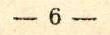
kanssa?